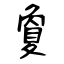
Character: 夐